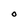
Character: O